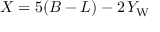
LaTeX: X = 5 ( B - L ) - 2 \, Y _ { \mathrm { W } }